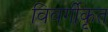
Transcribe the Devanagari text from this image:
विवर्गीकृत